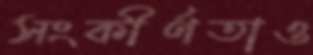
সংকীর্ণতাও